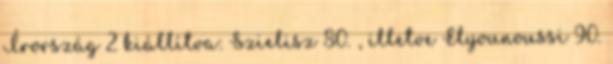
Írország 2 kiállítva: Szielisz 80. , illetve Elyounoussi 90.